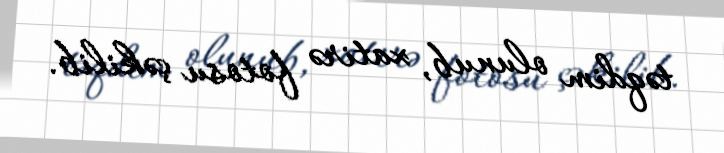
təqdim olunub, xatirə fotosu çəkilib.